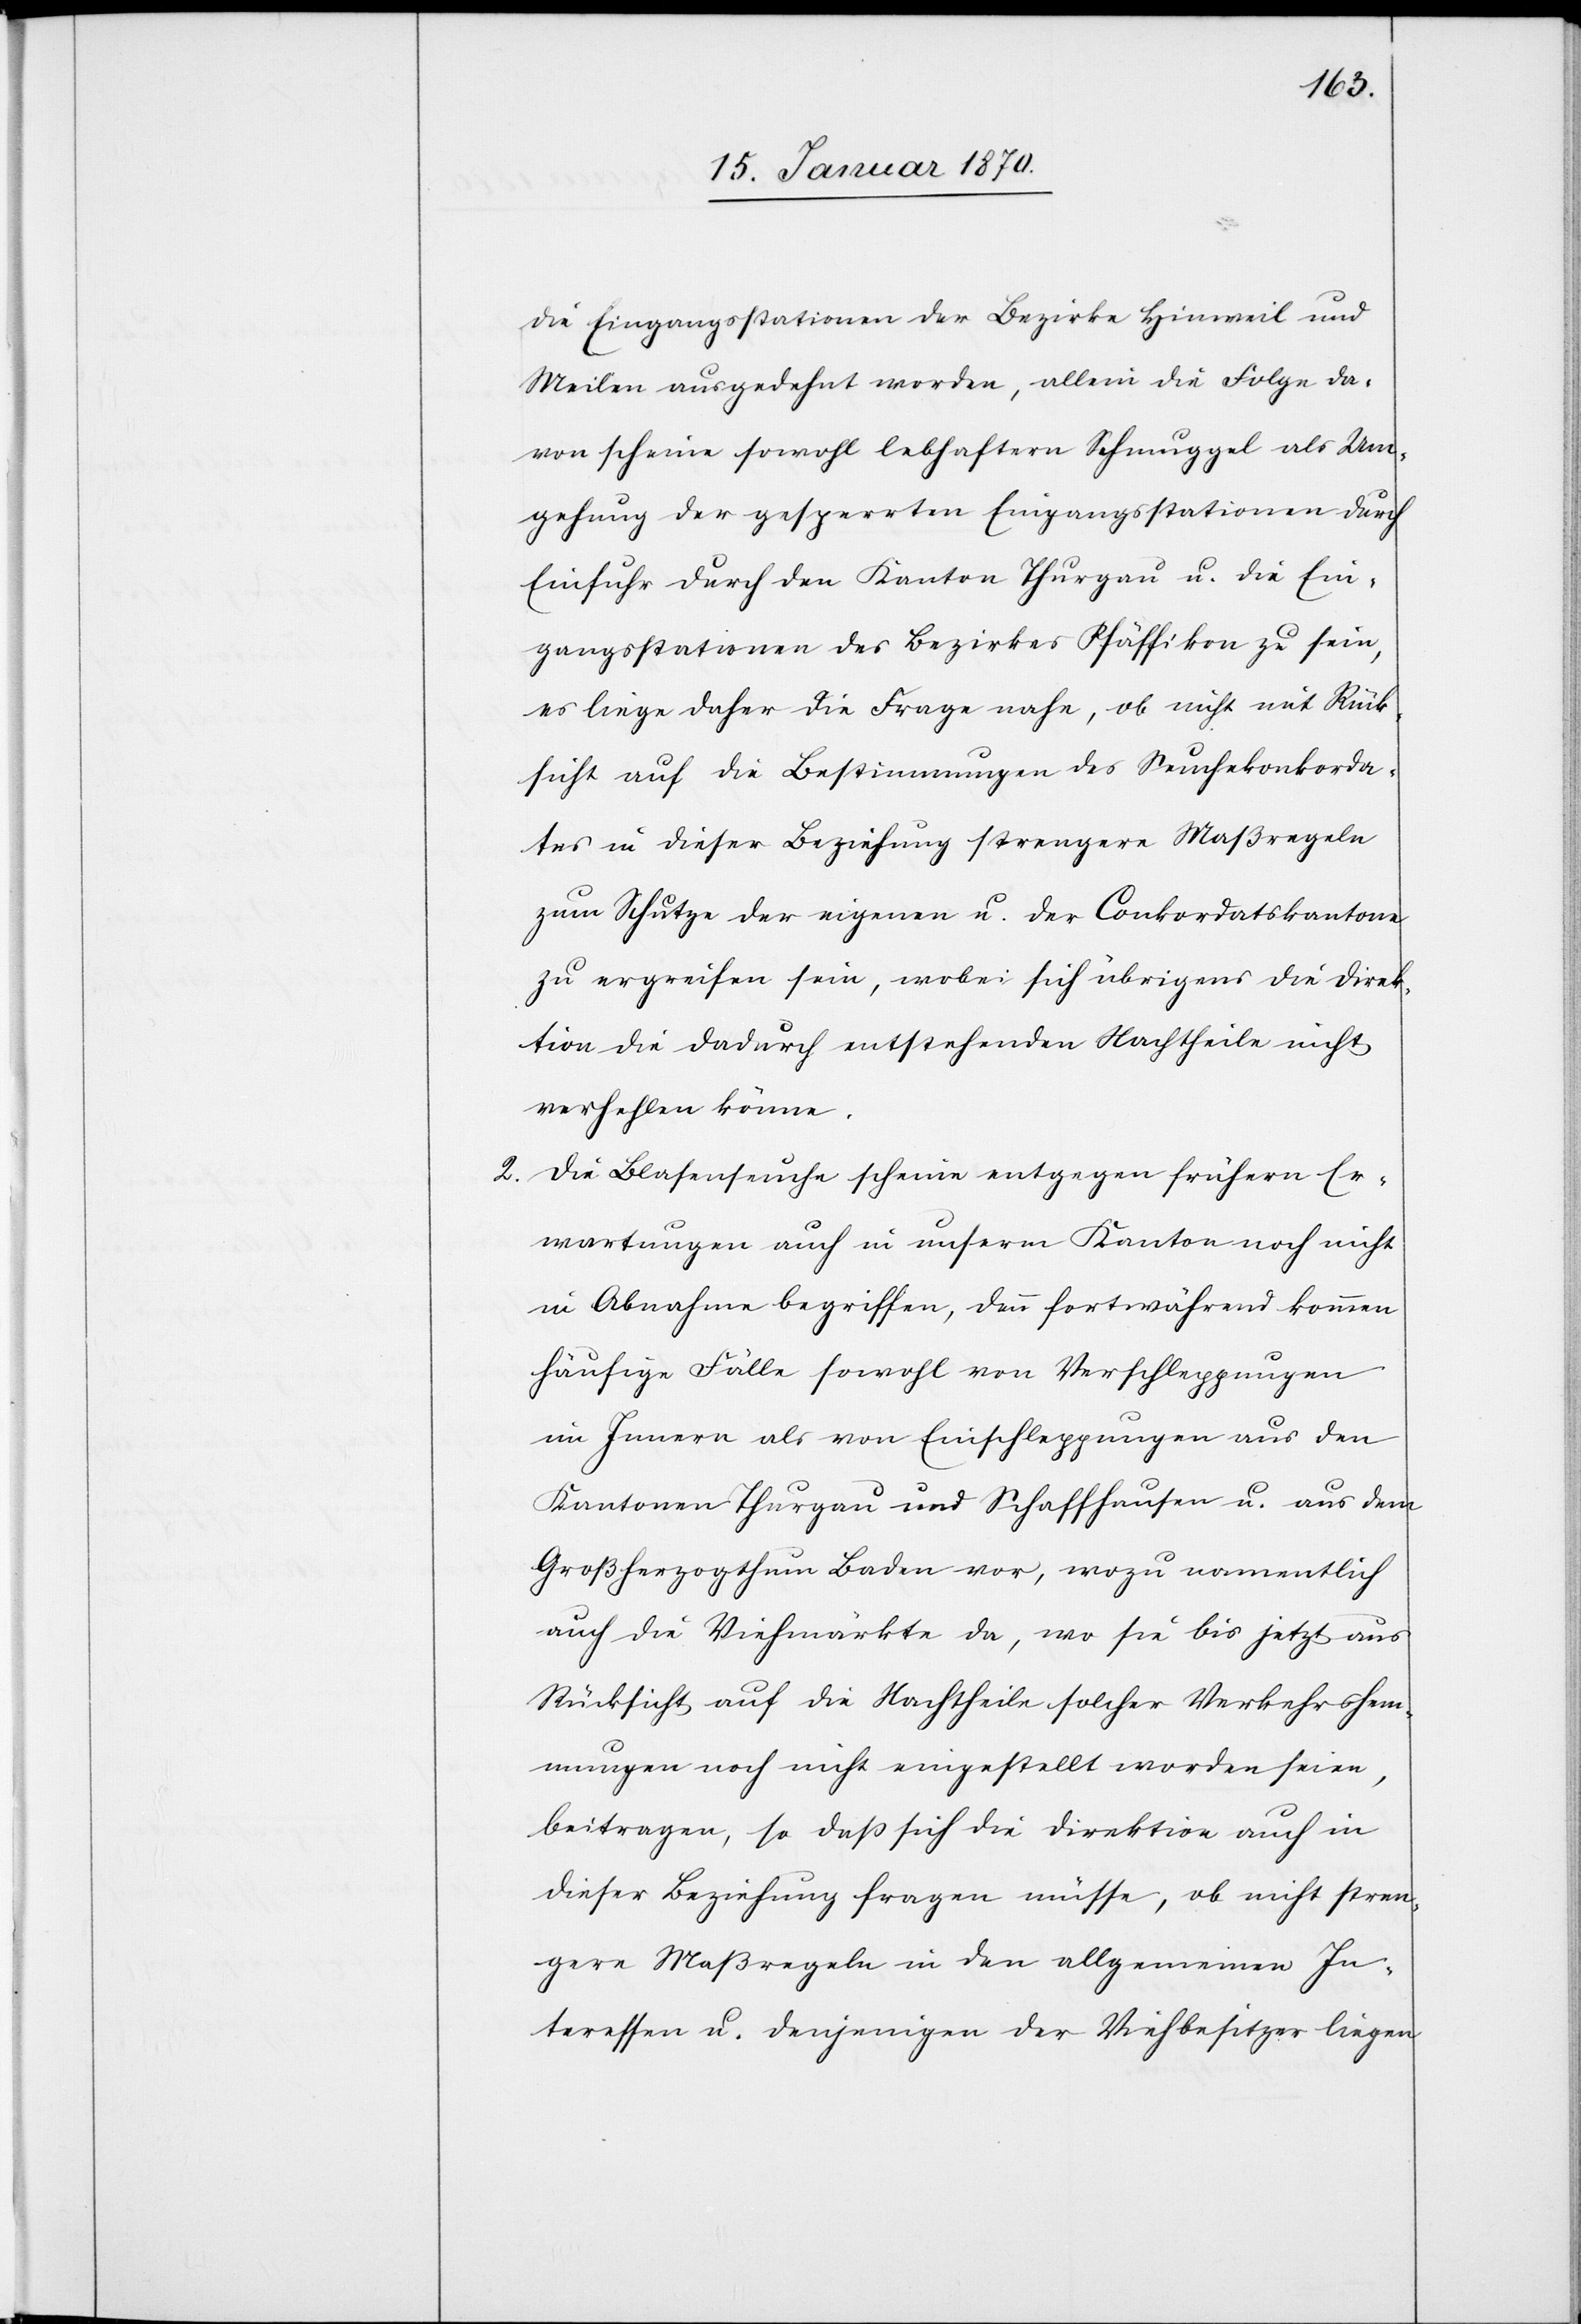
die Eingangsstationen der Bezirke Hinweil und
Meilen ausgedehnt worden, allein die Folge da¬
von scheine sowohl lebhaftern Schmuggel als Um¬
gehung der gesperrten Eingangsstationen durch
Einfuhr durch den Kanton Thurgau u. die Ein¬
gangsstationen des Bezirkes Pfäffikon zu sein,
es liege daher die Frage nahe, ob nicht mit Rück¬
sicht auf die Bestimmungen des Seuchekonkorda¬
tes in dieser Beziehung strengere Maßregeln
zum Schutze der eigenen u. der Conkordatskantone
zu ergreifen sei[e]n, wobei sich übrigens die Direk¬
tion die dadurch entstehenden Nachtheile nicht
verhehlen könne.
2. Die Blasenseuche scheine entgegen frühern Er¬
wartungen auch in unserm Kanton noch nicht
in Abnahme begriffen, denn fortwährend kommen
häufige Fälle sowohl von Verschleppungen
im Innern als von Einschleppungen aus den
Kantonen Thurgau und Schaffhausen u. aus dem
Großherzogthum Baden vor, wozu namentlich
auch die Viehmärkte da, wo sie bis jetzt aus
Rücksicht auf die Nachtheile solcher Verkehrshem¬
mungen noch nicht eingestellt worden seien,
beitragen, so daß sich die Direktion auch in
dieser Beziehung fragen müsse, ob nicht stren¬
gere Maßregeln in den allgemeinen In¬
teressen u. denjenigen der Viehbesitzer liegen